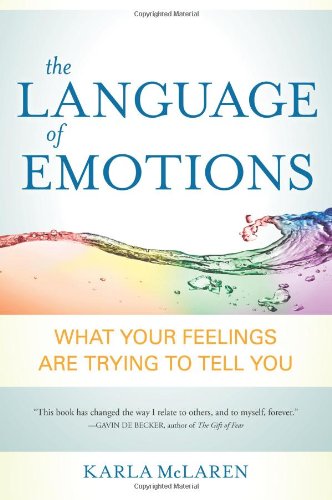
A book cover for The Language of Emotions: What Your Feelings Are Trying to Tell You; Karla McLaren; Health, Fitness & Dieting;